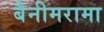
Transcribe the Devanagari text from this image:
बैनीमरामा